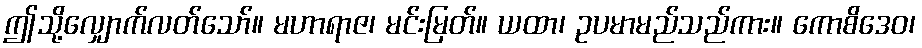
ဤသို့လျှောက်လတ်သော်။ မဟာရာဇ၊ မင်းမြတ်။ ယထာ၊ ဥပမာမည်သည်ကား။ ကောစိဒေဝ၊